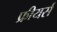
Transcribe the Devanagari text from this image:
फ्रीयर्स